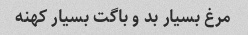
مرغ بسیار بد و باگت بسیار کهنه